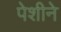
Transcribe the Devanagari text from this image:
पेशीने